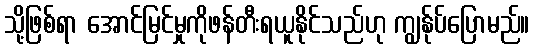
သို့ဖြစ်ရာ အောင်မြင်မှုကိုဖန်တီးရယူနိုင်သည်ဟု ကျွန်ုပ်ပြောမည်။